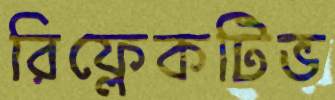
রিফ্লেকটিভ